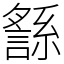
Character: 䌛